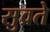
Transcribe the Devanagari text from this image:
सुव्रते